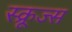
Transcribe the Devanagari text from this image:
स्क्रूज्स